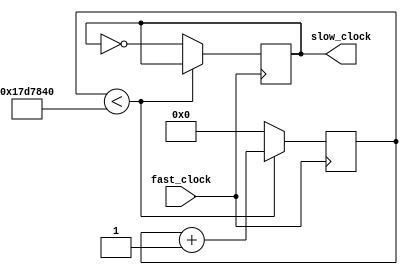
module slow_clock
(
	input fast_clock, 
	output reg slow_clock
);

reg [25:0] R;


always @( posedge fast_clock ) begin
	if( R < 25000000 ) begin
		R <= R + 1;
	end
	else begin
		slow_clock <= ~slow_clock;
		R <= 0;
	end
	
end

endmodule